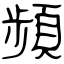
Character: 頻